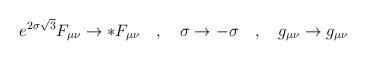
LaTeX: \begin{align*}e^{2\sigma\sqrt{3}}F_{\mu\nu} \rightarrow *F_{\mu\nu} \quad,\quad \sigma\rightarrow-\sigma \quad,\quad g_{\mu\nu} \rightarrow g_{\mu\nu}\end{align*}